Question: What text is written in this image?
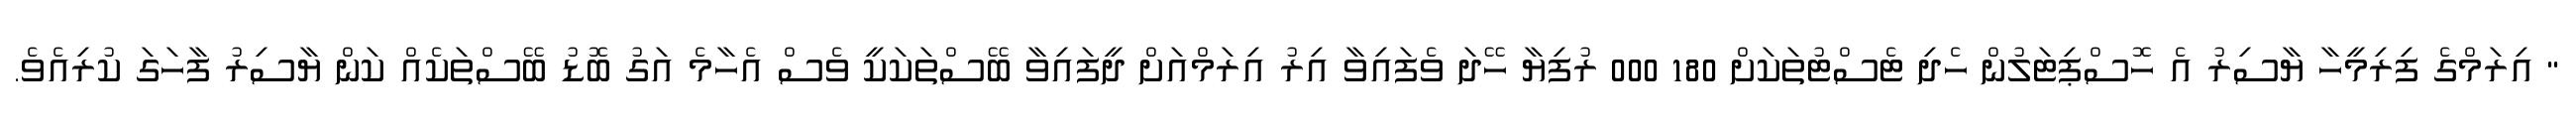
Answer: " އިރަމްގެ ފިރިމީހާ ޔާސިރު އެ ހޮސްޕިޓަލުން ހެދި ޓެސްޓުތަކަށް 180 000 ރުފިޔާ ހޭދަ ވެފައިވާ އިރު އިރަމްއަށް ދީފައިވާ ބޭސްތަކަކީ ވެސް އެހާމެ އަގު ބޮޑު ބޭސްތަކެއް ކަން ޔާސިރު ފާހަގަ ކުރިއެވެ.